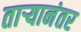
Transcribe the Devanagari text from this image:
ताऱ्यानंतर